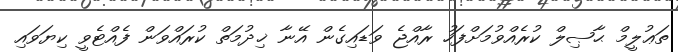
ތަޢުލީމް ޙާޞިލް ކުރެއްވުމަށްފަހު ރާއްޖެ ވަޑައިގެން އޭނާ ޚިދުމަތް ކުރައްވަން ފެއްޓެވީ ކިޔަވައި